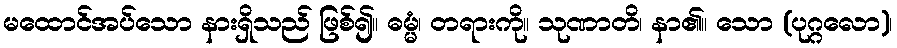
မထောင်အပ်သော နားရှိသည် ဖြစ်၍။ ဓမ္မံ၊ တရားကို။ သုဏာတိ၊ နာ၏။ သော (ပုဂ္ဂလော)၊